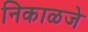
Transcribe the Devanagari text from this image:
निकाळजे